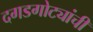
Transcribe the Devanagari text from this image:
दगडगोट्यांची